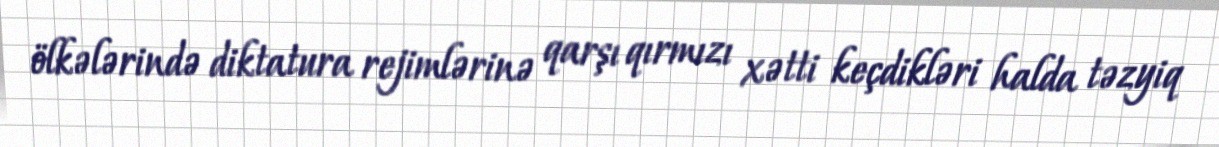
ölkələrində diktatura rejimlərinə qarşı qırmızı xətti keçdikləri halda təzyiq